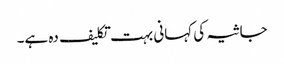
جاثیہ کی کہانی بہت تکلیف دہ ہے۔